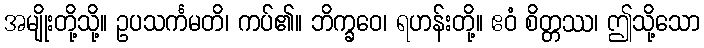
အမျိုးတို့သို့။ ဥပသင်္ကမတိ၊ ကပ်၏။ ဘိက္ခဝေ၊ ရဟန်းတို့။ ဧဝံ စိတ္တဿ၊ ဤသို့သော